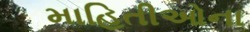
માહિતીઓના